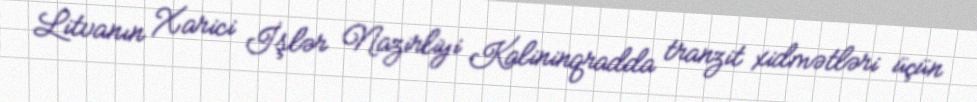
Litvanın Xarici İşlər Nazirliyi Kalininqradda tranzit xidmətləri üçün